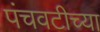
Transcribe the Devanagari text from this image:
पंचवटीच्या